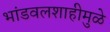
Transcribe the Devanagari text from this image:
भांडवलशाहीमुळे